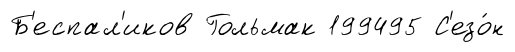
Б'еспал'иков Гольмак 199495 С'езо́н